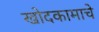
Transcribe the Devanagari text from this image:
खोदकामाचे